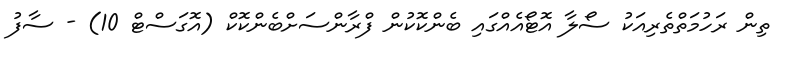
ތިން ރަހުމަތްތެރިއަކު ސޯލާ އޮޓޯއެއްގައި ބެންކޮކުން ފްރާންސަށްބެންކޮކް (އޮގަސްޓް 10) - ސާފު